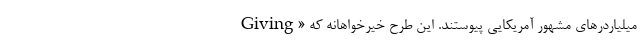
میلیاردر‌های مشهور آمریکایی پیوستند. این طرح خیرخواهانه که «Giving